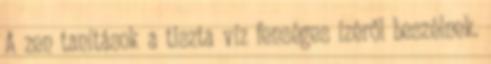
A zen tanítások a tiszta víz fenséges ízéről beszélnek.